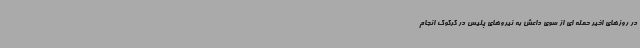
در روزهای اخیر حمله ای از سوی داعش به نیروهای پلیس در کرکوک انجام